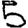
Digit: 5